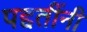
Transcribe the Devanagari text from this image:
पद्दतींनी